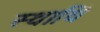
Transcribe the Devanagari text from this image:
स्थायि